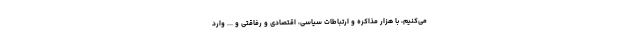
می‌کنیم، با هزار مذاکره و ارتباطات سیاسی، اقتصادی و رفاقتی و ... وارد